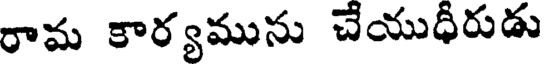
రామ కార్యమును చేయుధీరుడు